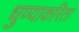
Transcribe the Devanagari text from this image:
धुण्याकरिता